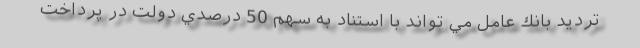
ترديد بانك عامل مي تواند با استناد به سهم 50 درصدي دولت در پرداخت